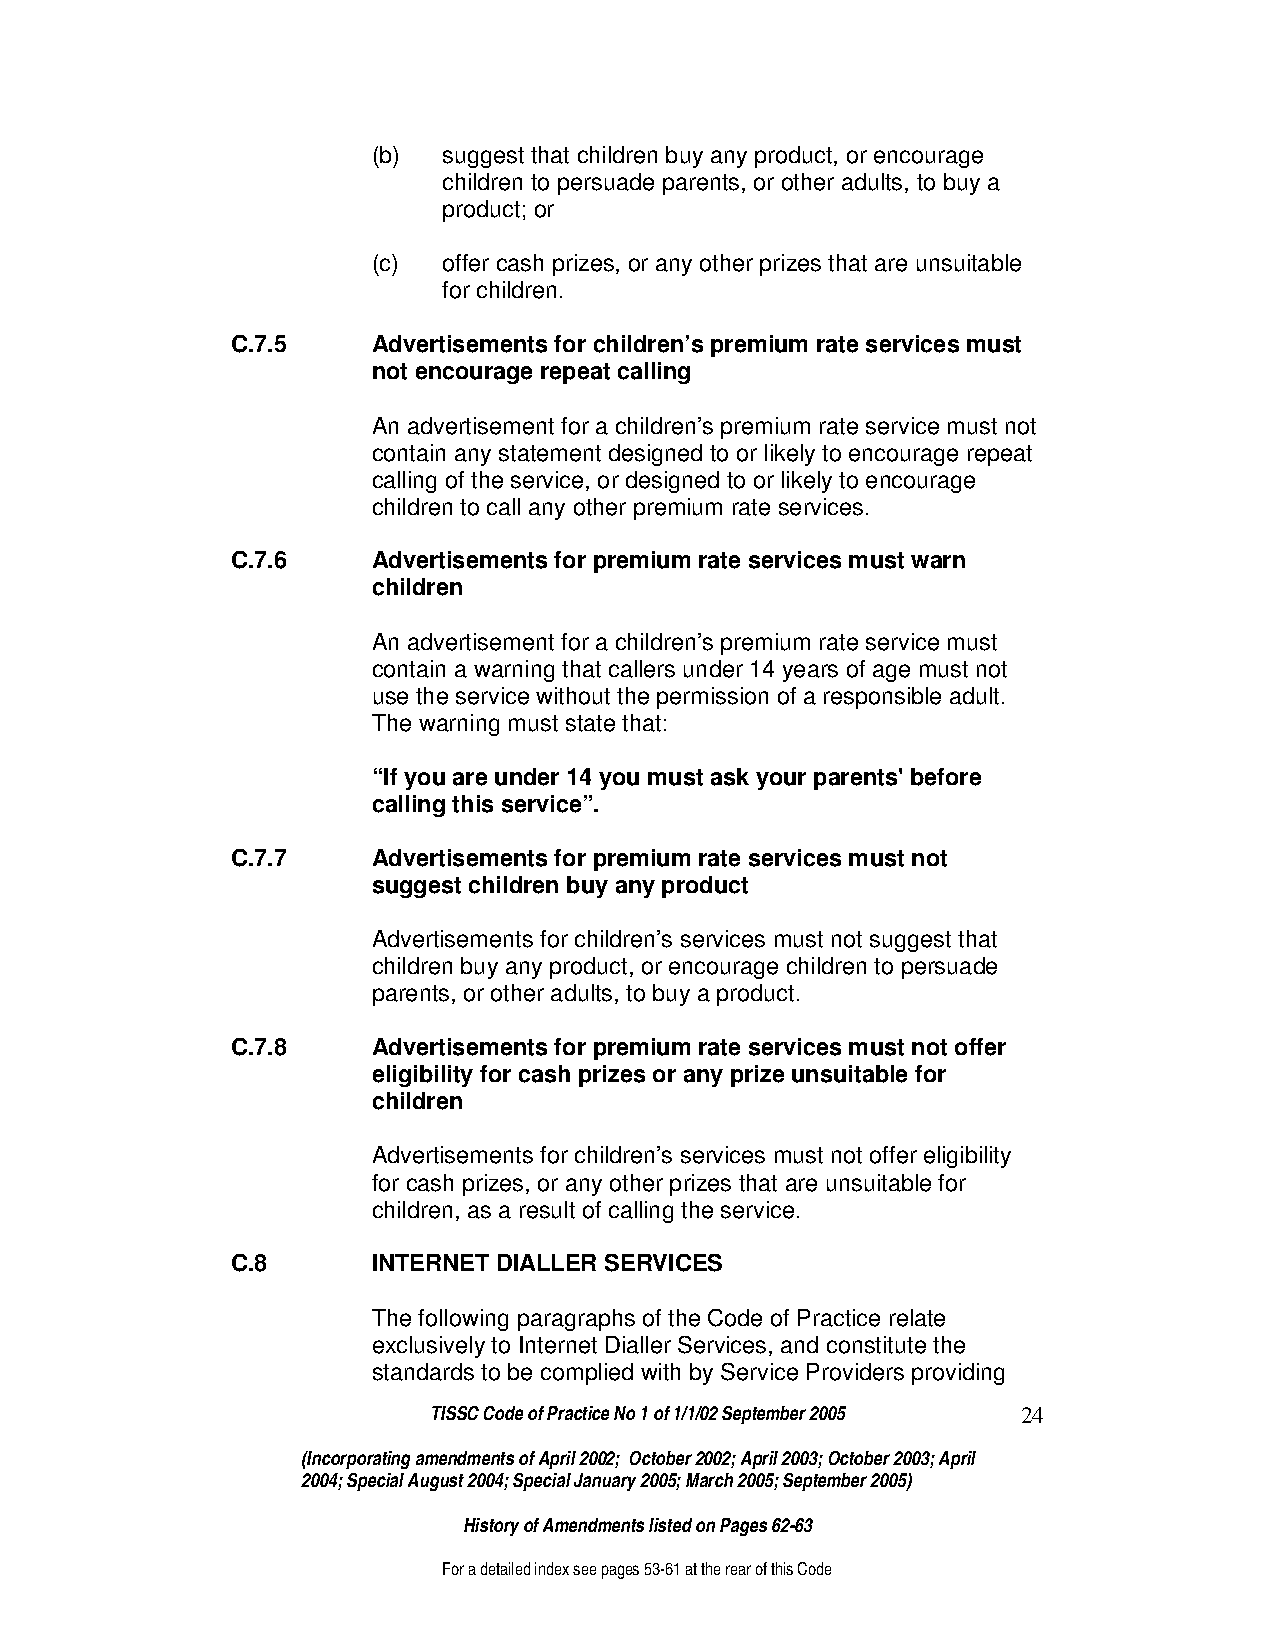
(b) suggest that children buy any product, or encourage
 children to persuade parents, or other adults, to buy a
 product; or
 (c) offer cash prizes, or any other prizes that are unsuitable
 for children.
 C.7.5     Advertisements for children’s premium rate services must
 not encourage repeat calling
 An advertisement for a children’s premium rate service must not
 contain any statement designed to or likely to encourage repeat
 calling of the service, or designed to or likely to encourage
 children to call any other premium rate services.
 C.7.6     Advertisements for premium rate services must warn
 children
 An advertisement for a children’s premium rate service must
 contain a warning that callers under 14 years of age must not
 use the service without the permission of a responsible adult.
 The warning must state that:
 “If you are under 14 you must ask your parents' before
 calling this service”.
 C.7.7     Advertisements for premium rate services must not
 suggest children buy any product
 Advertisements for children’s services must not suggest that
 children buy any product, or encourage children to persuade
 parents, or other adults, to buy a product.
 C.7.8     Advertisements for premium rate services must not offer
 eligibility for cash prizes or any prize unsuitable for
 children
 Advertisements for children’s services must not offer eligibility
 for cash prizes, or any other prizes that are unsuitable for
 children, as a result of calling the service.
 C.8       INTERNET DIALLER SERVICES
 The following paragraphs of the Code of Practice relate
 exclusively to Internet Dialler Services, and constitute the
 standards to be complied with by Service Providers providing
 TISSC Code of Practice No 1 of 1/1/02 September 2005 24
 (Incorporating amendments of April 2002; October 2002; April 2003; October 2003; April
 2004; Special August 2004; Special January 2005; March 2005; September 2005)
 History of Amendments listed on Pages 62-63
 For a detailed index see pages 53-61 at the rear of this Code